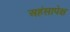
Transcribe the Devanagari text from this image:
अहंसापेक्ष